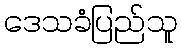
ဒေသခံပြည်သူ